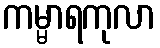
ကမ္မာရကုလာ